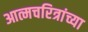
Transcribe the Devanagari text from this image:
आत्मचरित्रांच्या